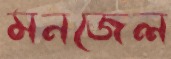
মনজেল